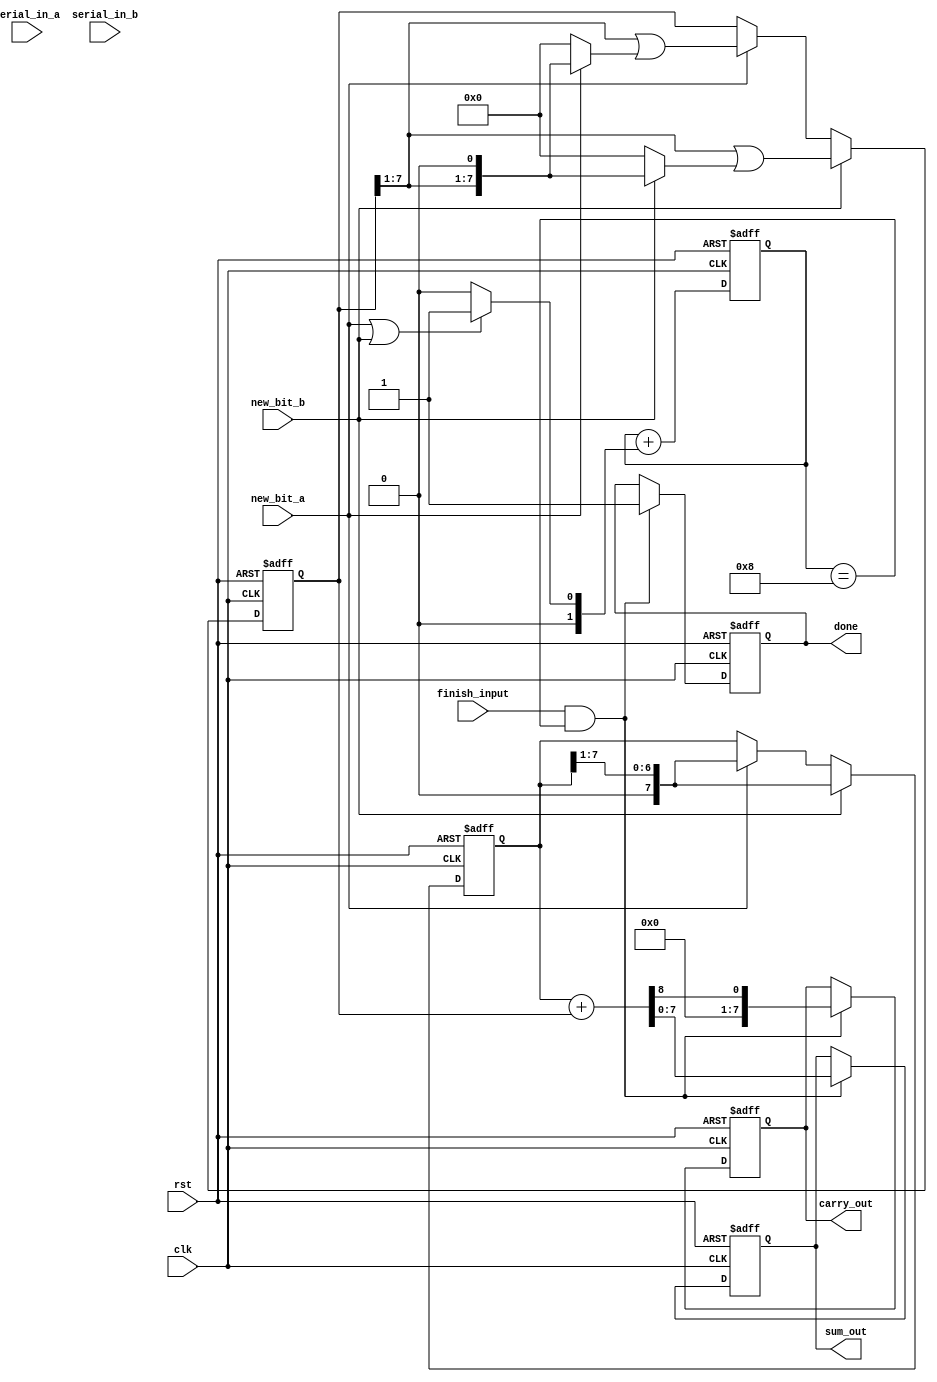
module serial_carry_save_adder (
    input wire clk,
    input wire rst,
    input wire serial_in_a,     // Serial input for operand A
    input wire serial_in_b,     // Serial input for operand B
    input wire new_bit_a,       // Control signal for new bit for A
    input wire new_bit_b,       // Control signal for new bit for B
    input wire finish_input,     // Control signal to finish input and compute output
    output reg [WIDTH-1:0] sum_out,  // Final sum output
    output reg [WIDTH-1:0] carry_out, // Final carry output
    output reg done               // Signal to indicate operation complete
);

parameter WIDTH = 8; // Width of the input operands

reg [WIDTH-1:0] sum;    // Intermediate sum
reg [WIDTH-1:0] carry;  // Intermediate carry
reg [2*WIDTH-1:0] final_result; // Storage for final result (sum + carry)

integer bit_count; // Bit counter for the number of bits processed

always @(posedge clk or posedge rst) begin
    if (rst) begin
        sum <= 0;
        carry <= 0;
        bit_count <= 0;
        sum_out <= 0;
        carry_out <= 0;
        done <= 0;
    end else begin
        if (new_bit_a) begin
            // Update sum and carry with new bit from A
            carry[0] <= carry[0] + (serial_in_a ^ sum[0]);
            sum[0] <= serial_in_a;
            
            // Shift for new bit
            sum <= sum >> 1;
            carry <= (carry >> 1) | (new_bit_a ? ({carry[WIDTH-1:1], 1'b0}) : 0);
        end
        
        if (new_bit_b) begin
            // Update sum and carry with new bit from B
            carry[0] <= carry[0] + (serial_in_b ^ sum[0]);
            sum[0] <= serial_in_b;
            
            // Shift for new bit
            sum <= (sum >> 1);
            carry <= (carry >> 1) | (new_bit_b ? ({carry[WIDTH-1:1], 1'b0}) : 0);
        end

        // Increment bit count
        bit_count <= bit_count + (new_bit_a || new_bit_b ? 1 : 0);
        
        // Check if all bits are processed
        if (finish_input && bit_count == WIDTH) begin
            // Finalize the output
            final_result = sum + carry; // Assuming carry addition is simple for example
            sum_out <= final_result[WIDTH-1:0];
            carry_out <= final_result[2*WIDTH-1:WIDTH];
            done <= 1;
        end
    end
end

endmodule